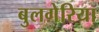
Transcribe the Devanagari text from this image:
बुलगेरिया